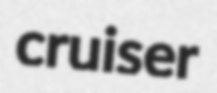
cruiser